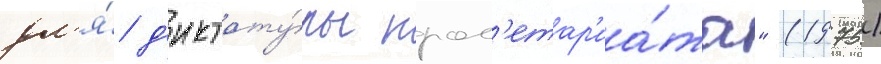
дл'я́ д'иктату́ры прол'етар'иа́та" (1975)